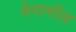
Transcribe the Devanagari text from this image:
मेगामॉल